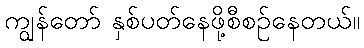
ကျွန်တော် နှစ်ပတ်နေဖို့စီစဉ်နေတယ်။